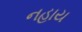
નહાય